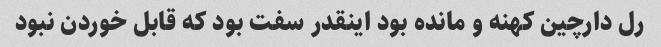
رل دارچین کهنه و مانده بود اینقدر سفت بود که قابل خوردن نبود